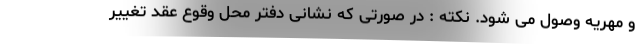
و مهریه وصول می شود. نکته : در صورتی که نشانی دفتر محل وقوع عقد تغییر